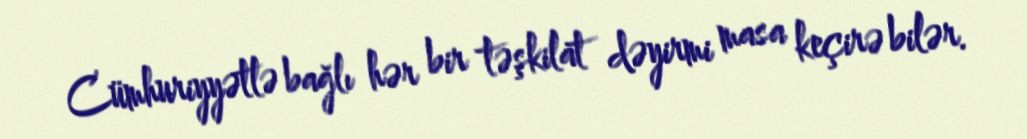
Cümhuriyyətlə bağlı hər bir təşkilat dəyirmi masa keçirə bilər.